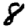
Digit: 8